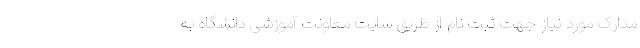
مدارک مورد نیاز جهت ثبت نام از طریق سایت معاونت آموزشی دانشگاه به